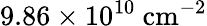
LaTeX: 9.86\times 10^{10}~\mathrm{{cm}^{-2}}